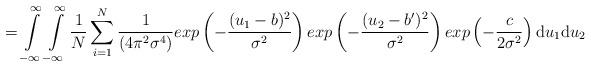
LaTeX: \begin{align*}= \int\limits_{-\infty}^{\infty}\int\limits_{-\infty}^{\infty} \frac{1}{N}\sum\limits_{i=1}^N \frac{1}{(4\pi^{2}\sigma^{4})} exp \left ( - \frac{(u_1-b)^{2}}{\sigma^{2}} \right) exp \left( - \frac{(u_2-b')^{2}}{\sigma^{2}} \right) exp \left( - \frac{c}{2\sigma^{2}} \right ) \mathrm{d}u_1\mathrm{d}u_2\end{align*}